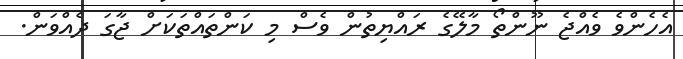
އެހެންވެ ވެއްޖެ ނޫންތޯ މާލޭގެ ރައްޔިތުން ވެސް މި ކަންތައްތަކަށް ޖާގަ ދެއްވަން.